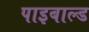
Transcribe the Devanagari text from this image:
पाइबाल्ड